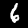
Label: 6